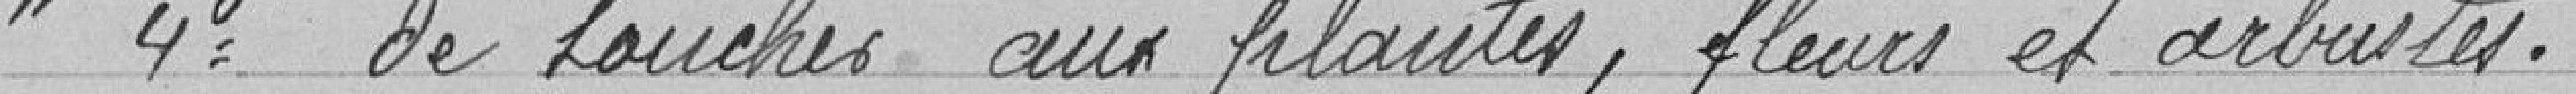
"4° de toucher aux plantes, fleurs et arbustes.